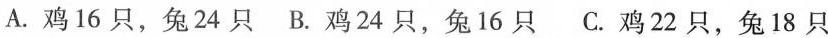
A. 鸡16只，兔24只 B. 鸡24只，兔16只 C. 鸡22只，兔18只